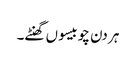
ہر دن چوبیسو ں گھنٹے۔